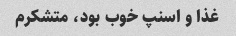
غذا و اسنپ خوب بود، متشکرم